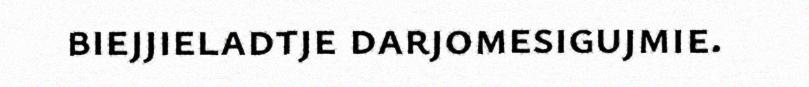
biejjieladtje darjomesigujmie.